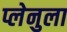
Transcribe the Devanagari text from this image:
प्लेनुला